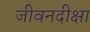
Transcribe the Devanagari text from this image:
जीवनदीक्षा